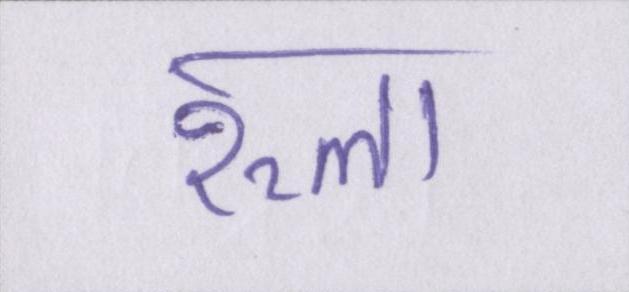
रूला